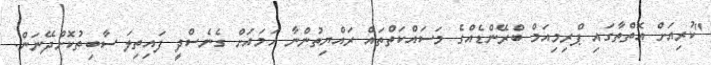
"ކުރިއަށް އޮތްތާގައި ޕްރިމިއަމް ބްރޭންޑެއްގެ މަސައްކަތްތައް ރައްޔިތުންނާ ހަމައަށް ގެނެސްދީ ފައިތިލަ ސާބިތުކޮށްދޭނަން.